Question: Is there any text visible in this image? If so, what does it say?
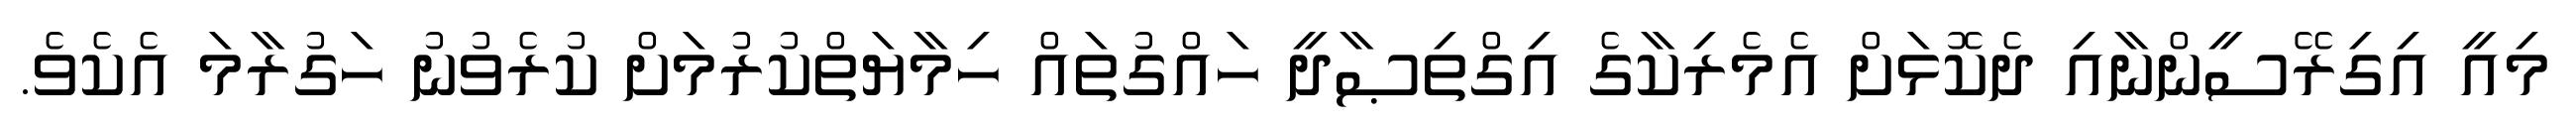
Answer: މިއީ އިގިރޭސީންނާއި ދެކޮޅަށް އެމެރިކާގެ އިގްތިޞާދީ ހައްގުތައް ހިމާޔަތްކުރުމަށް ކުރެވުނު ހަގުރާމަ އެކެވެ.